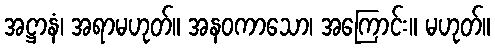
အဋ္ဌာနံ၊ အရာမဟုတ်။ အနဝကာသော၊ အကြောင်း။ မဟုတ်။